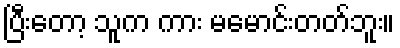
ပြီးတော့ သူက ကား မမောင်းတတ်ဘူး။